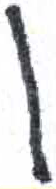
אות: ן